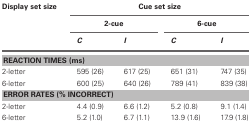
<table><thead><tr><td><b>Display set size</b></td><td colspan="4"><b>Cue set size</b></td></tr><tr><td></td><td colspan="2"><b>2-cue</b></td><td colspan="2"><b>6-cue</b></td></tr><tr><td></td><td><b><i>C</i></b></td><td><b><i>I</i></b></td><td><b><i>C</i></b></td><td><b><i>I</i></b></td></tr></thead><tbody><tr><td colspan="5"><b>REACTION TIMES (ms)</b></td></tr><tr><td>2-letter</td><td>595 (26)</td><td>617 (25)</td><td>651 (31)</td><td>747 (35)</td></tr><tr><td>6-letter</td><td>600 (25)</td><td>640 (26)</td><td>789 (41)</td><td>839 (38)</td></tr><tr><td colspan="5"><b>ERROR RATES (% INCORRECT)</b></td></tr><tr><td>2-letter</td><td>4.4 (0.9)</td><td>6.6 (1.2)</td><td>5.2 (0.8)</td><td>9.1 (1.4)</td></tr><tr><td>6-letter</td><td>5.2 (1.0)</td><td>6.7 (1.1)</td><td>13.9 (1.6)</td><td>17.9 (1.8)</td></tr></tbody></table>